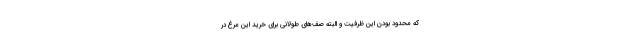
که محدود بودن این ظرفیت و البته صف‌های طولانی برای خرید این مرغ در